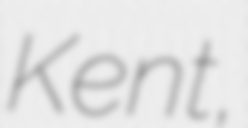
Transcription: Kent,